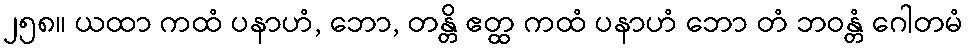
၂၅၈။ ယထာ ကထံ ပနာဟံ, ဘော, တန္တိ ဧတ္ထ ကထံ ပနာဟံ ဘော တံ ဘဝန္တံ ဂေါတမံ